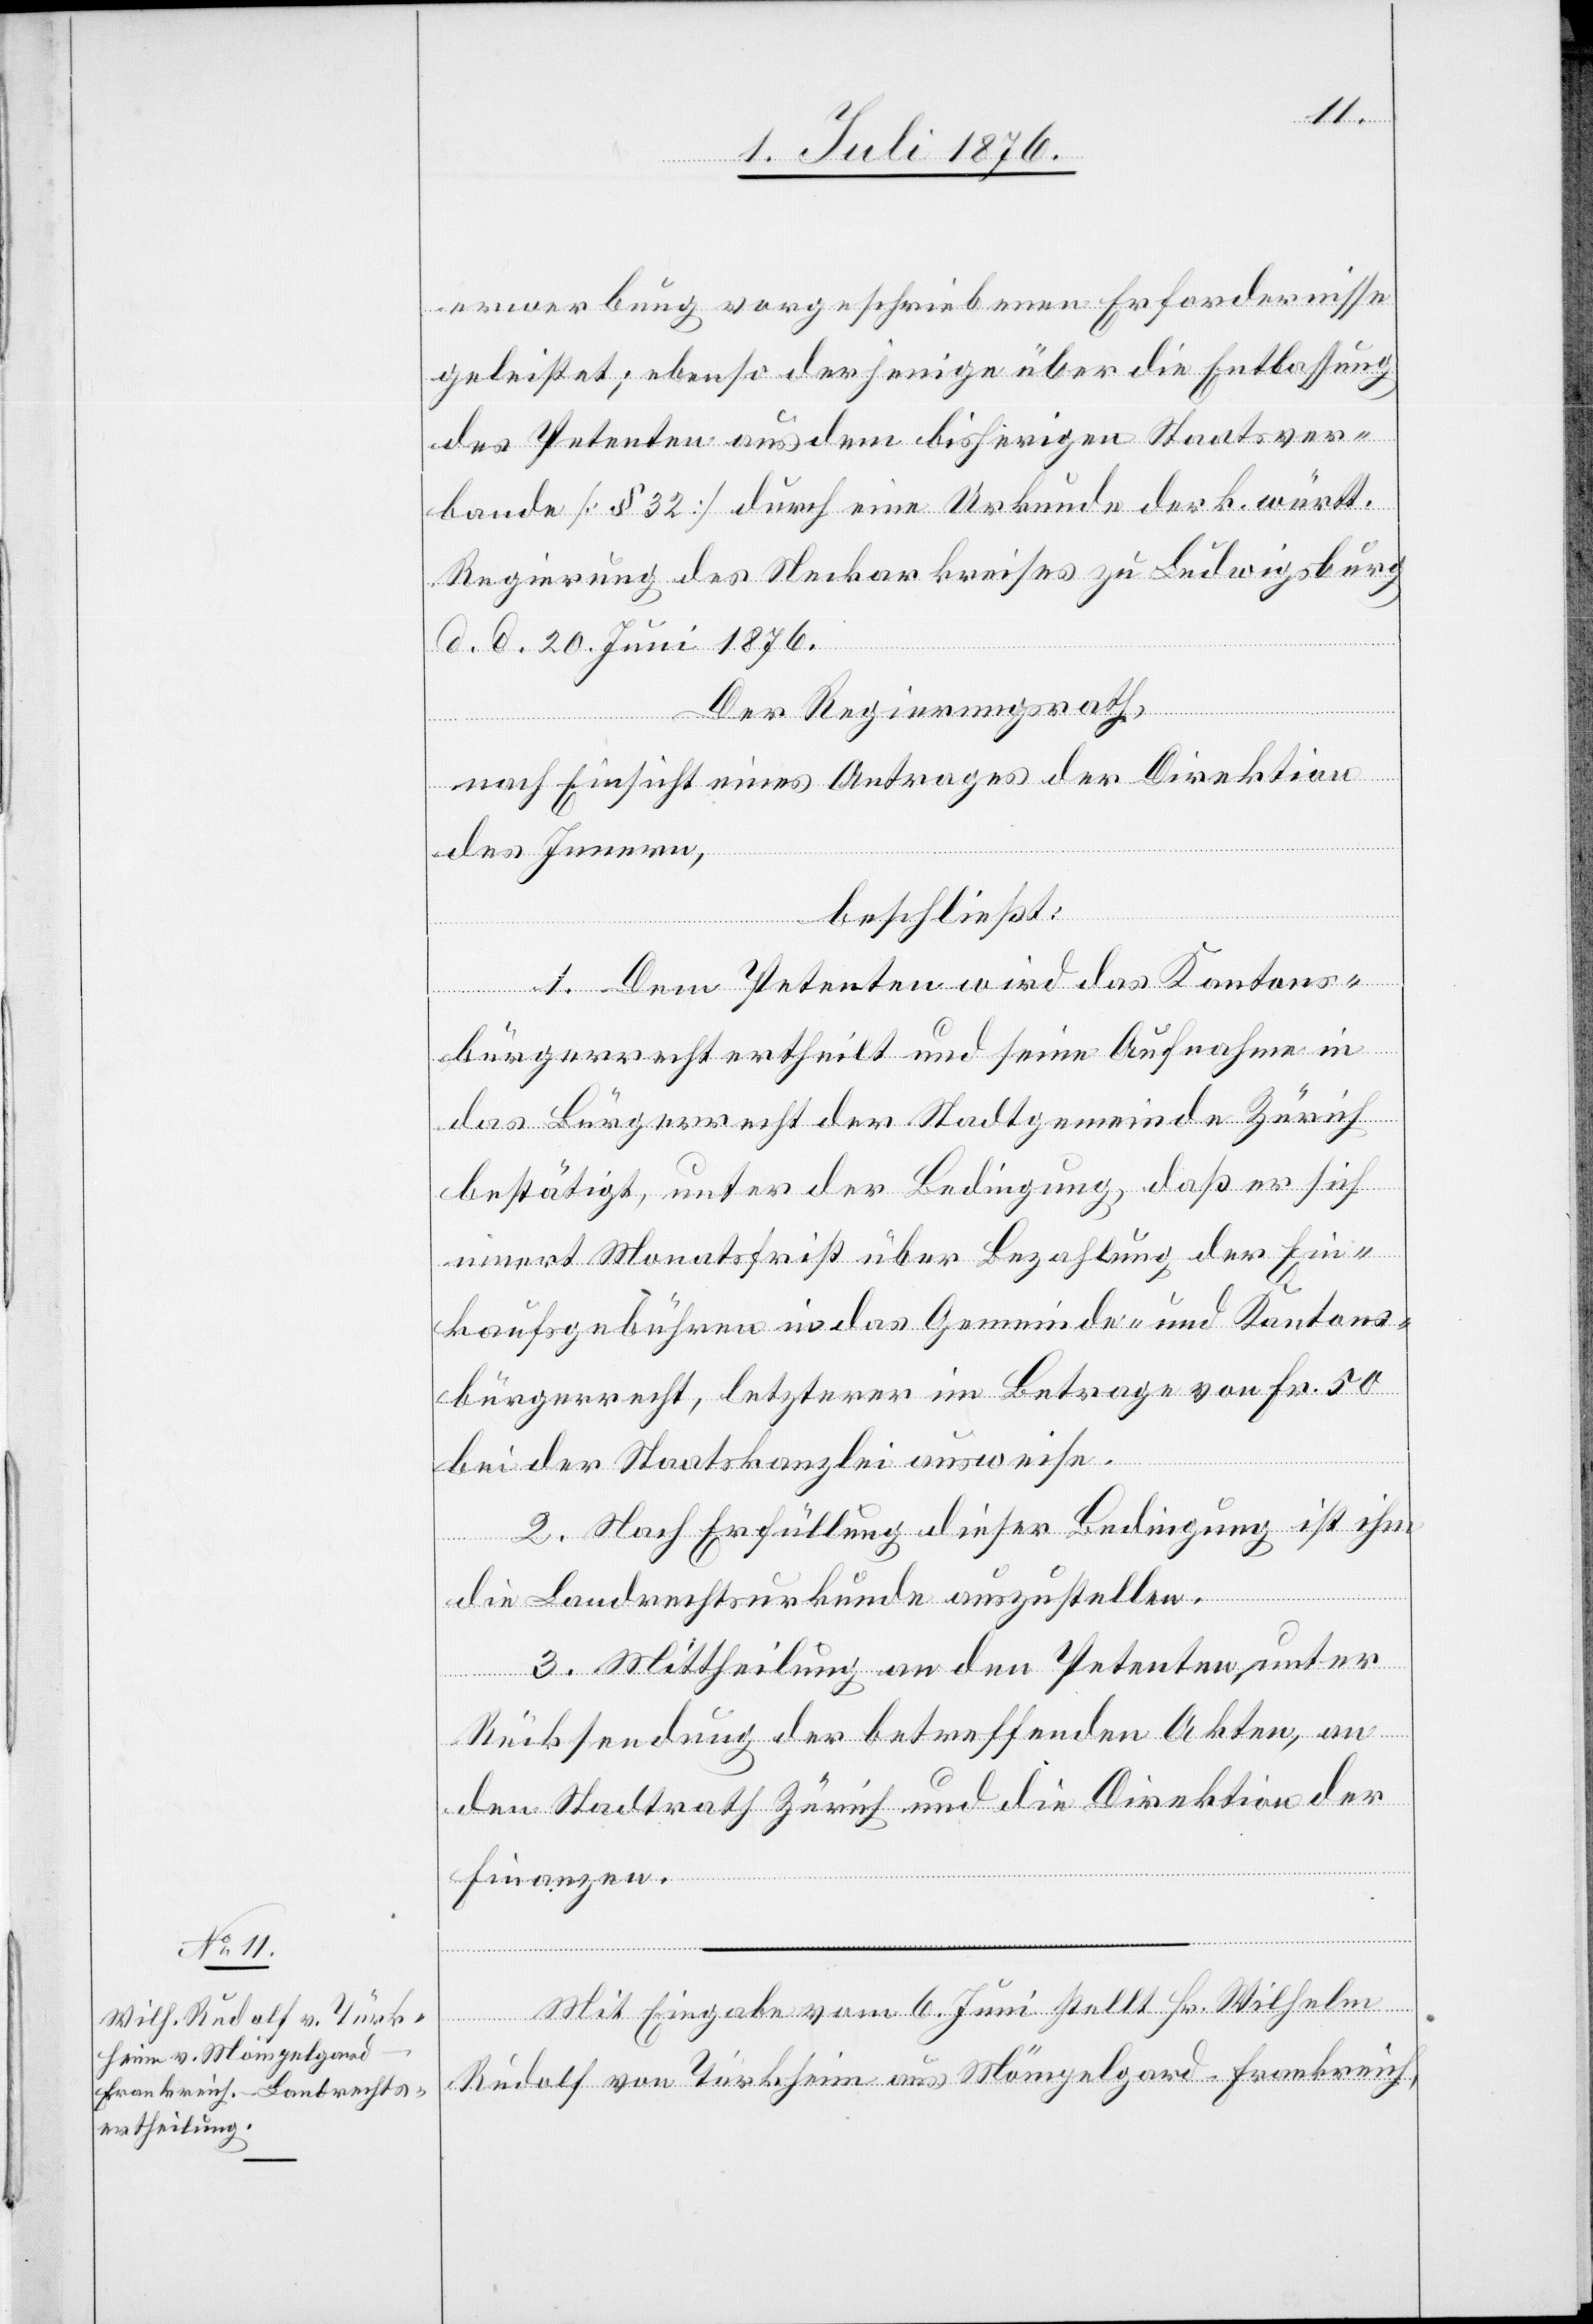
Mit Eingabe vom 6. Juni stellt Hr. Wilhelm
Rudolf von Türkheim aus Mömpelgard - Frankreich,